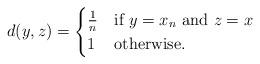
LaTeX: \begin{align*}d(y,z) = \begin{cases} \frac{1}{n} &\mbox{if } y=x_n \mbox{ and } z=x\\ 1 & \mbox{otherwise.} \end{cases}\end{align*}